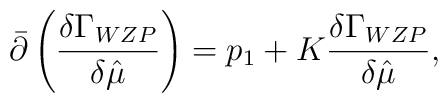
{\bar \partial} \left ({{\delta \Gamma_{WZP}} \over {\delta {\hat \mu}}} \right ) = p_{1} +K {\delta \Gamma_{WZP} \over \delta {\hat \mu}},